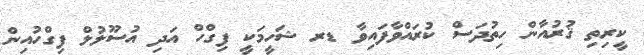
ކީރިތި ޤުރުއާން ހިތުދަސް ކުރައްވާފައިވާ ޑރ ޝަހީމަކީ ފިގްހް އަދި އުސޫލުލް ފިގްހުއިން